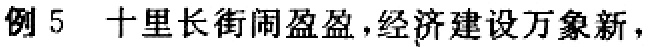
例5 十里长街闹盈盈,经济建设万象新,